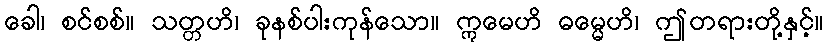
ခေါ၊ စင်စစ်။ သတ္တဟိ၊ ခုနစ်ပါးကုန်သော။ ဣမေဟိ ဓမ္မေဟိ၊ ဤတရားတို့နှင့်။